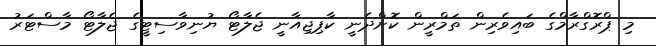
މި ޕްރޮގްރާމްގެ ބައިވެރިން ތަމްރީން ކޮށްދެނީ ކާޕިޖިއާނީ ޖެލާޓޯ ޔުނިވާސިޓީގެ ޖެލާޓޯ މާސްޓަރު